Indian journal of veterinary science and animal husbandry - Volume 8,
Year: 1938
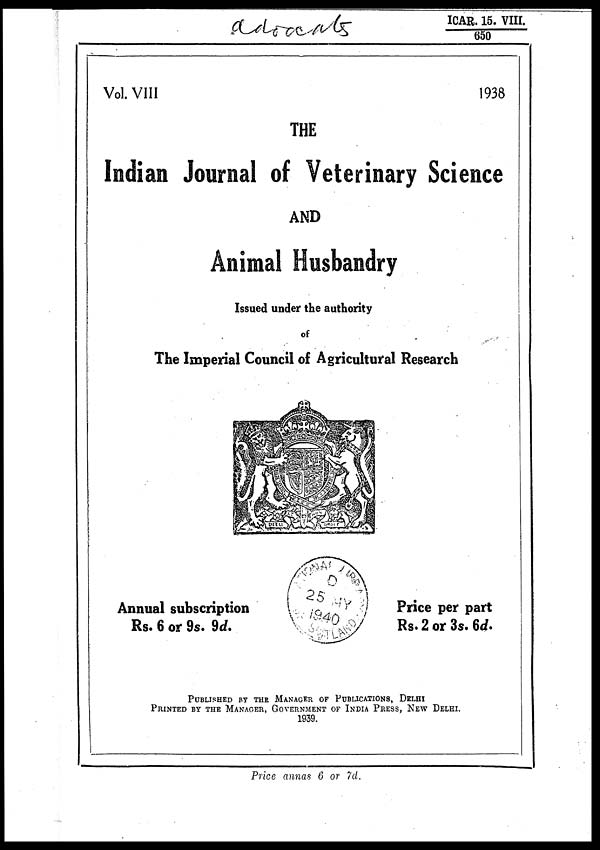
ICAR. 15. VIII.
650
Vol. VIII
1938
THE
Indian Journal of Veterinary Science
AND
Animal Husbandry
Issued under the authority
of
The Imperial Council of Agricultural Research
Annual subscription
Rs. 6 or 9s. 9d.
Price per part
Rs. 2 or 3s. 6d.
PUBLISHED BY THE MANAGER OF PUBLICATIONS, DELHI
PRINTED BY THE MANAGER, GOVERNMENT OF INDIA PRESS, NEW DELHI.
1939.
Price annas 6 or 7d.